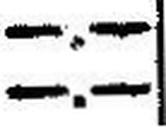
—.—